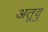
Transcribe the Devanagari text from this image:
अतूवु